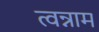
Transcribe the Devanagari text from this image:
त्वन्नाम